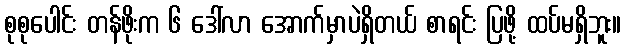
စုစုပေါင်း တန်ဖိုးက ၆ ဒေါ်လာ အောက်မှာပဲရှိတယ် စာရင်း ပြဖို့ ထပ်မရှိဘူး။